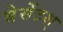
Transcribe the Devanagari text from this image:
बेसेंटश्